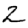
Digit: 2